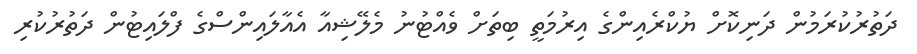
ދަތުރުކުރަމުން ދަނިކޮށް ޔުކްރެއިންގެ އިރުމަތީ ބިތަށް ވެއްޓުނު މެލޭޝިއާ އެއާލައިންސްގެ ފްލައިޓުން ދަތުރުކުރި